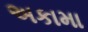
અકામા